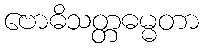
ဗောဓိသတ္တဓမ္မတာ